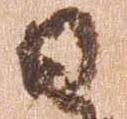
日